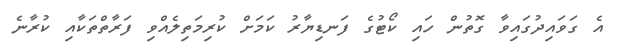
އެ ގަވައިދުގައިވާ ގޮތުން ހައި ކޯޓުގެ ފަނޑިޔާރު ކަމަށް ކުރިމަތިލެއްވި ފަރާތްތަކާއި ކުރާނެ